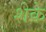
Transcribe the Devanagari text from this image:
शेके